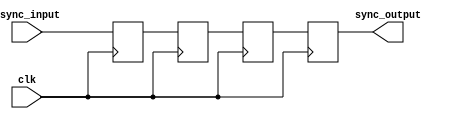
module cascade_synchronizer (
    input wire async_input,
    input wire clk,
    output reg sync_output
);

reg [2:0] stage1, stage2, stage3;

always @(posedge clk) begin
    stage1 <= async_input;
    stage2 <= stage1;
    stage3 <= stage2;
    sync_output <= stage3;
end 

endmodule